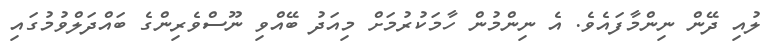
ލުއި ދޭން ނިންމާފައެވެ. އެ ނިންމުން ހާމަކުރުމަށް މިއަދު ބޭއްވި ނޫސްވެރިންގެ ބައްދަލްވުމުގައި